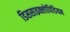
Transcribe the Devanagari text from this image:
डिससाइक्लोपिडियन